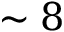
\sim 8